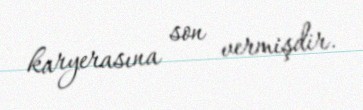
karyerasına son vermişdir.